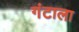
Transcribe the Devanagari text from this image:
गंटाला